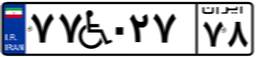
۷۰W۲۰۳۸۶